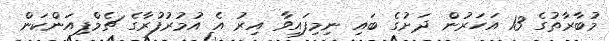
މުބާރާތުގެ 13 އަހަރުން ދަށުގެ ބައި ނިމިފައިވާ އިރު އެ އުމުރުފުރާގެ ޗެމްޕިއަންކަން